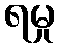
ရမှု